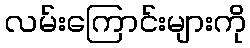
လမ်းကြောင်းများကို